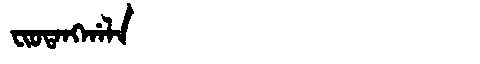
Manchu: ᠸᡳᠣᡨᠠᠩᡤᠠᠯᠠ
Romanization: FIOTANGGALA